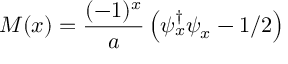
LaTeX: M ( x ) = \frac { ( - 1 ) ^ { x } } { a } \left( \psi _ { x } ^ { \dagger } \psi _ { x } - 1 / 2 \right)